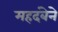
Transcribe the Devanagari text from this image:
महदंबेने